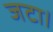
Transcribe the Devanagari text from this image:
जटा।